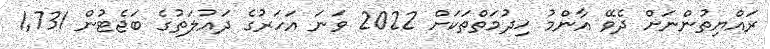
ރައްޔިތުންނަށް ދެވޭ އާންމު ޚިދުމަތްތަކަށް 2022 ވަނަ އަހަރުގެ ދައުލަތުގެ ބަޖެޓުން 1